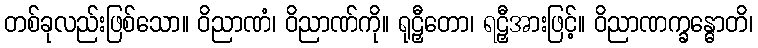
တစ်ခုလည်းဖြစ်သော။ ဝိညာဏံ၊ ဝိညာဏ်ကို။ ရုဠှီတော၊ ရဠှီအားဖြင့်။ ဝိညာဏက္ခန္ဓောတိ၊